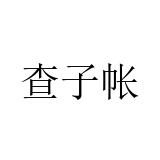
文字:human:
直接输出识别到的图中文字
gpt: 查子帐